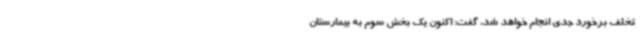
تخلف برخورد جدی انجام خواهد شد، گفت: اکنون یک بخش سوم به بیمارستان